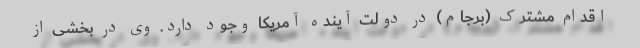
اقدام مشترک (برجام) در دولت آینده آمریکا وجود دارد. وی در بخشی از